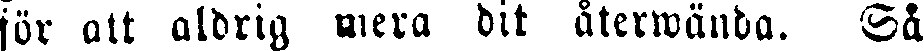
för att aldrig mera dit återwända. Så